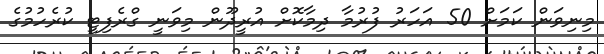
މިނިވަން ކަމަށް 50 އަހަރު ފުރުމާ ދިމާކޮށް އުރީދޫން މިވަނީ ގްރެފިޓީ ކުރެހުމުގެ